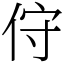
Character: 㑏